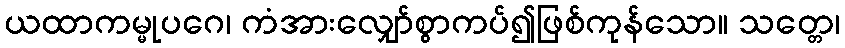
ယထာကမ္မုပဂေ၊ ကံအားလျှော်စွာကပ်၍ဖြစ်ကုန်သော။ သတ္တေ၊